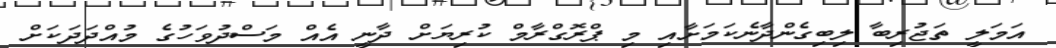
އަމަލީ ތަޖުރިބާ ލިބިގެންދާނެކަމަށާއި މި ޕްރޮގްރާމް ކުރިޔަށް ދާނީ އެއް މަސްދުވަހުގެ މުއްދަދަކަށް